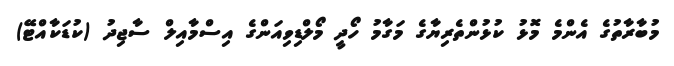
މުބާރާތުގެ އެންމެ މޮޅު ކުޅުންތެރިޔާގެ މަގާމު ހޯދީ މޯލްޑިވިއަންގެ އިސްމާއިލް ސާޖިދު (ކުޑަކާއްޓޭ)